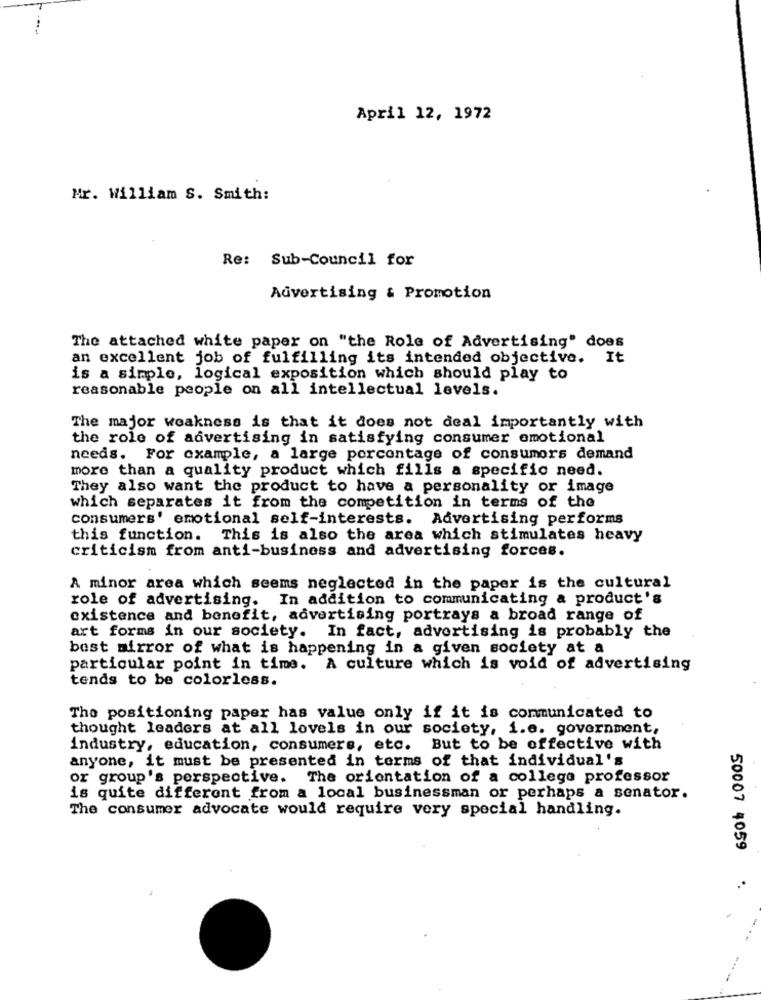
April 12, 1972
Mr. William S. Smith:
Re: Sub-Council for
Advertising & Promotion
The attached white paper on "the Role of Advertising" does
an excellent job of fulfilling its intended objective. It
is a simple, logical exposition which should play to
reasonable people on all intellectual levels.
The major weakness is that it does not deal importantly with
the role of advertising in satisfying consumer emotional
needs. For example, a large porcontage of consumers demand
more than a quality product which fills a specific need.
They also want the product to have a personality or image
which separates it from the competition in terms of the
consumers' emotional self-interests. Advertising performs
this function. This is also the area which stimulates heavy
criticism from anti-business and advertising forces.
A minor area which seems neglected in the paper is the cultural
role of advertising. In addition to communicating & product's
existence and benefit, advertising portrays a broad range of
art forms in our society. In fact, advertising is probably the
best mirror of what is happening in a given society at a
particular point in time. A culture which is void of advertising
tends to be colorless.
The positioning paper has value only if it is communicated to
thought leaders at all levels in our society, i.e. government,
industry, education, consumers, etc.
But to be offective with
anyone, it must be presented in terms of that individual's
or group's perspective. The orientation of a college professor
is quite different from a local businessman or perhaps a senator.
The consumer advocate would require very special handling.
50007 4059